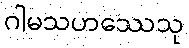
ဂါမသဟဿေသု